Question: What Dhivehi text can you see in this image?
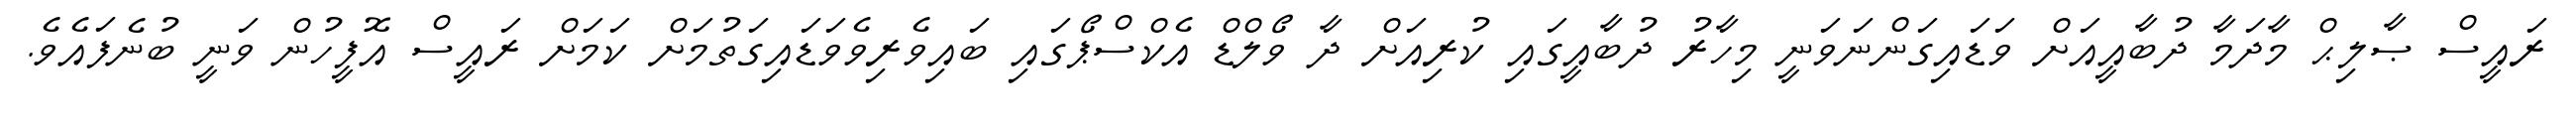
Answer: ރައީސް ޞާލިޙް މާދަމާ ދުބާއީއަށް ވަޑައިގަންނަވަނީ މިހާރު ދުބާއީގައި ކުރިއަށް ދާ ވޯލްޑް އެކްސްޕޯގައި ބައިވެރިވެވަޑައިގަތުމަށް ކަމަށް ރައީސް އޮފީހުން ވަނީ ބުނެފައެވެ.